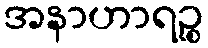
အနာဟာရဉ္စ